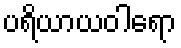
ပရိယာယဝါရော